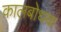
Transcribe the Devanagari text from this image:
कालबोधक